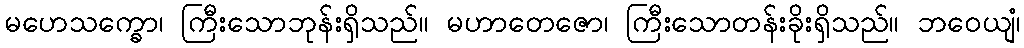
မဟေသက္ခော၊ ကြီးသောဘုန်းရှိသည်။ မဟာတေဇော၊ ကြီးသောတန်းခိုးရှိသည်။ ဘဝေယျံ၊